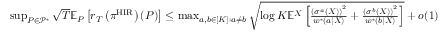
\begin{array} { r l } & { \operatorname* { s u p } _ { P \in \mathcal { P } ^ { * } } \sqrt { T } \mathbb { E } _ { P } \left[ r _ { T } \left( \pi ^ { \mathrm { H I R } } \right) ( P ) \right] \leq \operatorname* { m a x } _ { a , b \in [ K ] : a \neq b } \sqrt { \log K \mathbb { E } ^ { X } \left[ \frac { \left( \sigma ^ { a } ( X ) \right) ^ { 2 } } { w ^ { * } ( a | X ) } + \frac { \left( \sigma ^ { b } ( X ) \right) ^ { 2 } } { w ^ { * } ( b | X ) } \right] } + o ( 1 ) } \end{array}